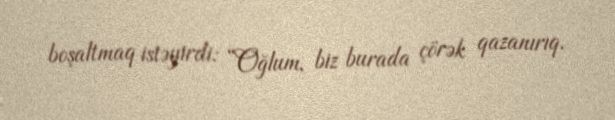
boşaltmaq istəyirdi: “Oğlum, biz burada çörək qazanırıq.